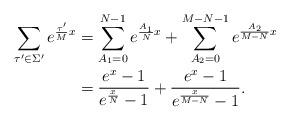
LaTeX: \begin{align*}\sum_{\tau' \in \Sigma'} e^{\frac{\tau'}{M}x}&=\sum_{A_1=0}^{N-1}e^{\frac{A_1}{N}x}+\sum_{A_2=0}^{M-N-1}e^{\frac{A_2}{M-N}x}\\&=\frac{e^x-1}{e^{\frac{x}{N}}-1}+\frac{e^x-1}{e^{\frac{x}{M-N}}-1}.\end{align*}